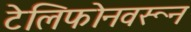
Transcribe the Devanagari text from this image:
टेलिफोनवरून